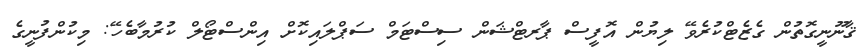
ޤާނޫނީގޮތުން ގެޒެޓްކުރެވޭ ލިޔުން އޮފީސް ޕާރޓްޝަން ސިސްޓަމް ސަޕްލައިކޮށް އިންސްޓޯލް ކުރުމާބެހޭ: މިކުންފުނީގެ